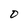
Character: O